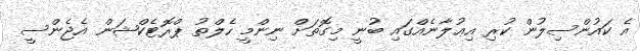
އެ ކައުންސިލުން ކުރި އިޢުލާނެއްގައި ބުނީ މިގޮތަށް ނިންމީ ހެލްތު ޕްރޮޓެކްޝަން އެޖެންސީ